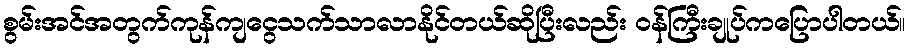
စွမ်းအင်အတွက်ကုန်ကျငွေသက်သာလာနိုင်တယ်ဆိုပြီးလည်း ဝန်ကြီးချုပ်ကပြောပါတယ်။